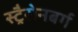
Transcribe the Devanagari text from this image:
स्ट्रैसेनबर्ग